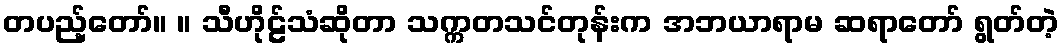
တပည့်တော်။ ။ သီဟိုဠ်သံဆိုတာ သက္ကတသင်တုန်းက အဘယာရာမ ဆရာတော် ရွတ်တဲ့